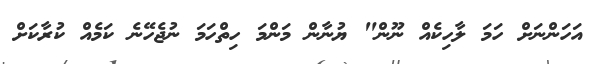
އަހަންނަށް ހަމަ ލާހިކެއް ނޫން" ޔުނާން މަންމަ ހިތްހަމަ ނުޖެހޭނެ ކަމެއް ކުރާކަށް